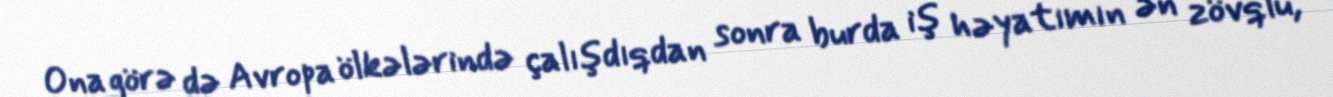
Ona görə də Avropa ölkələrində çalışdıqdan sonra burda iş həyatımın ən zövqlü,